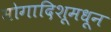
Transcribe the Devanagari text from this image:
मोगादिशूमधून